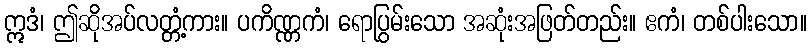
ဣဒံ၊ ဤဆိုအပ်လတ္တံ့ကား။ ပကိဏ္ဏကံ၊ ရောပြွမ်းသော အဆုံးအဖြတ်တည်း။ ဧကံ၊ တစ်ပါးသော။